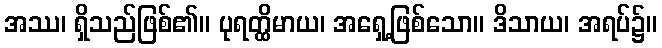
အဿ၊ ရှိသည်ဖြစ်၏။ ပုရတ္ထိမာယ၊ အရှေ့ဖြစ်သော။ ဒိသာယ၊ အရပ်၌။